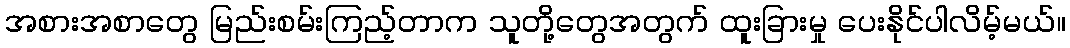
အစားအစာတွေ မြည်းစမ်းကြည့်တာက သူတို့တွေအတွက် ထူးခြားမှု ပေးနိုင်ပါလိမ့်မယ်။